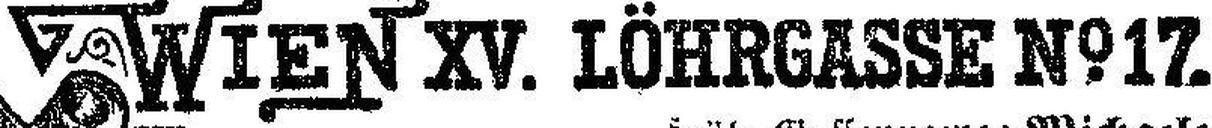
WIEN XV. LÖHRGASSE No 17.